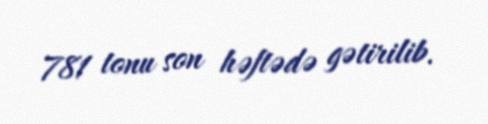
781 tonu son həftədə gətirilib.